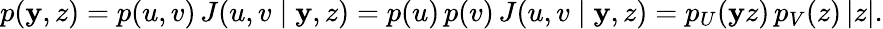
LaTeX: p(\mathbf{y},z)=p(u,v)\, J(u,v\mid\mathbf{y},z)=p(u)\, p(v)\, J(u,v\mid\mathbf{y},z)=p_{U}(\mathbf{y}z)\, p_{V}(z)\, |z|.